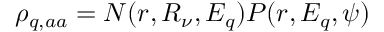
\rho _ { q , a a } = N ( r , R _ { \nu } , E _ { q } ) P ( r , E _ { q } , \psi )